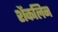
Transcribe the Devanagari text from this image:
शेंकलिन